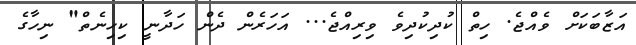
އަޒާބަކަށް ވެއްޖެ. ހިތް ކުދިކުދިވެ ވިރިއްޖެ... އަހަރެން ދެން ހަދާނީ ކިހިނެތް" ނިހާގެ